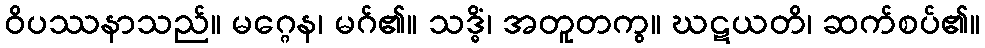
ဝိပဿနာသည်။ မဂ္ဂေန၊ မဂ်၏။ သဒ္ဓိံ၊ အတူတကွ။ ဃဋယတိ၊ ဆက်စပ်၏။